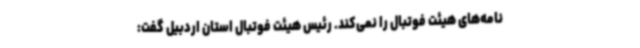
نامه‌های هیئت فوتبال را نمی‌کند. رئیس هیئت فوتبال استان اردبیل گفت: